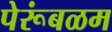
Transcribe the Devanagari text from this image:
पेरूंबळम